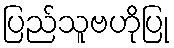
ပြည်သူဗဟိုပြု